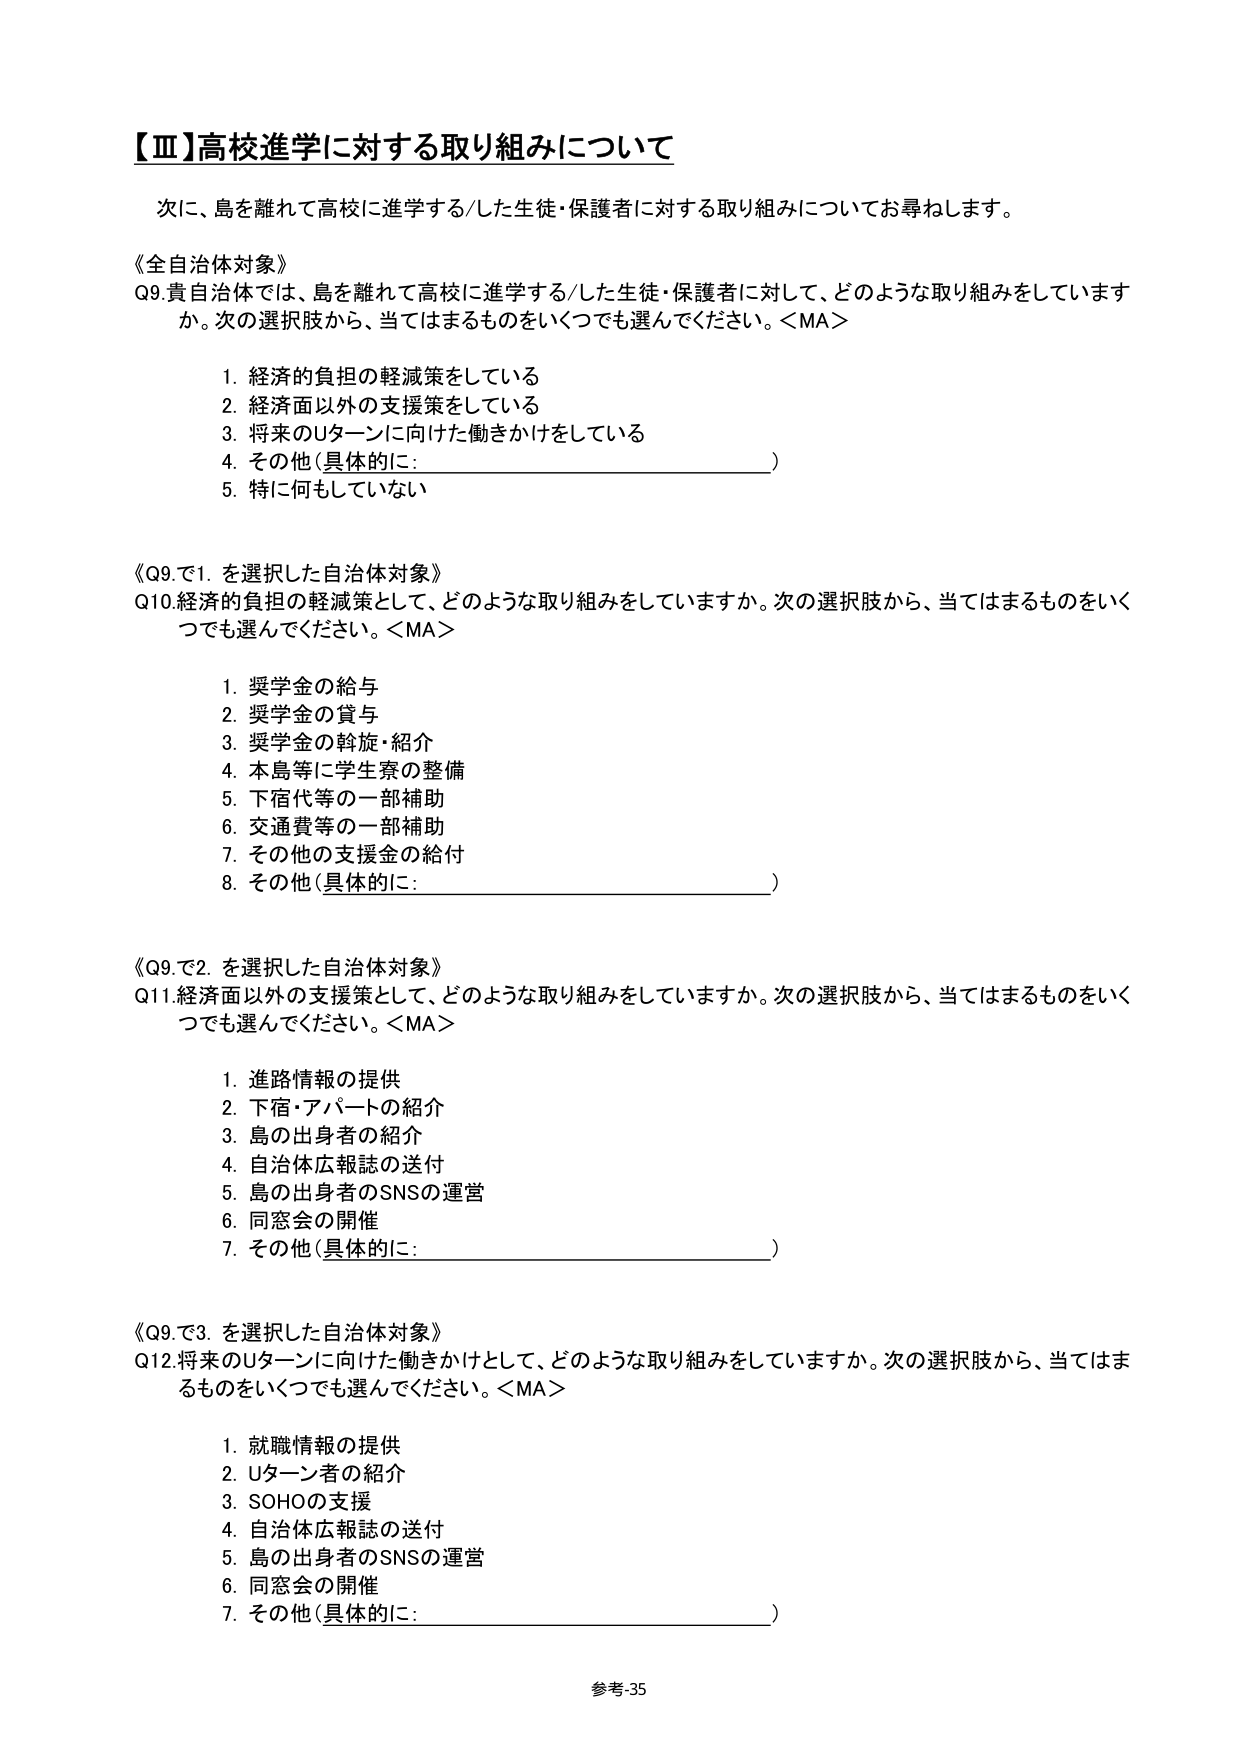
【Ⅲ】高校進学に対する取り組みについて

次に、島を離れて高校に進学する/した生徒・保護者に対する取り組みについてお尋ねします。

《全自治体対象》
Q9. 貴自治体では、島を離れて高校に進学する/した生徒・保護者に対して、どのような取り組みをしていますか。次の選択肢から、当てはまるものをいくつでも選んでください。＜MA＞

1. 経済的負担の軽減策をしている
2. 経済面以外の支援策をしている
3. 将来のUターンに向けた働きかけをしている
4. その他（具体的に：________________________）
5. 特に何もしていない

《Q9.で1.を選択した自治体対象》
Q10. 経済的負担の軽減策として、どのような取り組みをしていますか。次の選択肢から、当てはまるものをいくつでも選んでください。＜MA＞

1. 奨学金の給与
2. 奨学金の貸与
3. 奨学金の斡旋・紹介
4. 本島等に学生寮の整備
5. 下宿代等の一部補助
6. 交通費等の一部補助
7. その他の支援金の給付
8. その他（具体的に：________________________）

《Q9.で2.を選択した自治体対象》
Q11. 経済面以外の支援策として、どのような取り組みをしていますか。次の選択肢から、当てはまるものをいくつでも選んでください。＜MA＞

1. 進路情報の提供
2. 下宿・アパートの紹介
3. 島の出身者の紹介
4. 自治体広報誌の送付
5. 島の出身者のSNSの運営
6. 同窓会の開催
7. その他（具体的に：________________________）

《Q9.で3.を選択した自治体対象》
Q12. 将来のUターンに向けた働きかけとして、どのような取り組みをしていますか。次の選択肢から、当てはまるものをいくつでも選んでください。＜MA＞

1. 就職情報の提供
2. Uターン者の紹介
3. SOHOの支援
4. 自治体広報誌の送付
5. 島の出身者のSNSの運営
6. 同窓会の開催
7. その他（具体的に：________________________）

参考-35